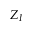
Z _ { I }